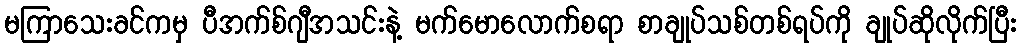
မကြာသေးခင်ကမှ ပီအက်စ်ဂျီအသင်းနဲ့ မက်မောလောက်စရာ စာချုပ်သစ်တစ်ရပ်ကို ချုပ်ဆိုလိုက်ပြီး